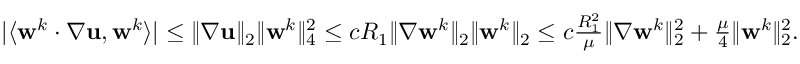
\begin{array} { r } { | \langle \mathbf { w } ^ { k } \cdotp \nabla \mathbf { u } , \mathbf { w } ^ { k } \rangle | \leq \| \nabla \mathbf { u } \| _ { 2 } \| \mathbf { w } ^ { k } \| _ { 4 } ^ { 2 } \leq c R _ { 1 } \| \nabla \mathbf { w } ^ { k } \| _ { 2 } \| \mathbf { w } ^ { k } \| _ { 2 } \leq c \frac { R _ { 1 } ^ { 2 } } { \mu } \| \nabla \mathbf { w } ^ { k } \| _ { 2 } ^ { 2 } + \frac { \mu } { 4 } \| \mathbf { w } ^ { k } \| _ { 2 } ^ { 2 } . } \end{array}